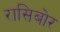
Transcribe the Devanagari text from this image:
रासिबोर